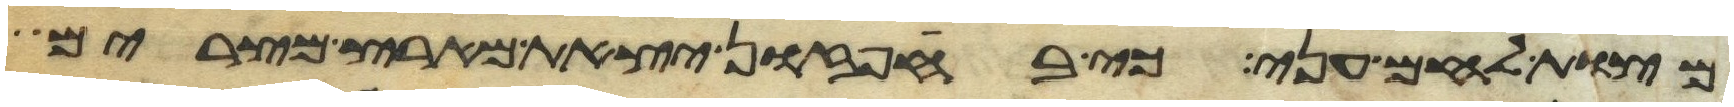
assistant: מצות לחם עני כי בחפזון יצאת מארץ מצרים